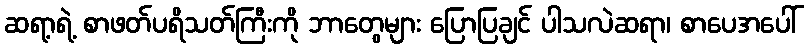
ဆရာ့ရဲ့ စာဖတ်ပရိသတ်ကြီးကို ဘာတွေများ ပြောပြချင် ပါသလဲဆရာ၊ စာပေအပေါ်